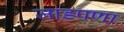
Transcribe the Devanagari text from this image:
जाडपणा